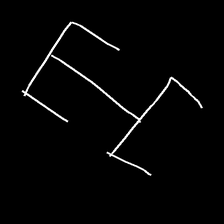
Glyph: entwine